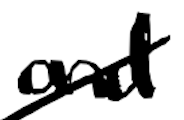
Text: and
Cross-out: diagonal
Writing tool: digital_black